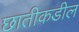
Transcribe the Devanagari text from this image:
छातीकडील